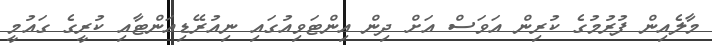
މާލެއިން ފުރުމުގެ ކުރިން އަވަސް އަށް ދިން އިންޓަވިއުގައި ނިއުރޭޑިއަންޓާއި ކުރީގެ ގައުމީ